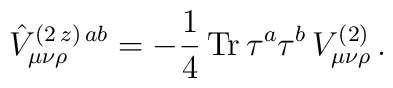
\hat{V}_{\mu\nu\rho}^{(2\,z)\,ab}=-\frac{1}{4}\, {\rm Tr} \,\tau^a\tau^b\,V_{\mu\nu\rho}^{(2)}\, .